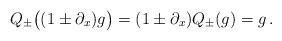
LaTeX: \begin{align*}Q_{\pm}\big((1\pm\partial_x) g\big)=(1\pm\partial_x)Q_\pm(g)=g\,.\end{align*}